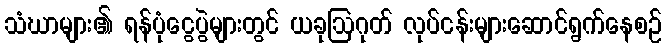
သံဃာများ၏ ရန်ပုံငွေပွဲများတွင် ယခုဩဂုတ် လုပ်ငန်းများဆောင်ရွက်နေစဉ်